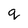
Character: q